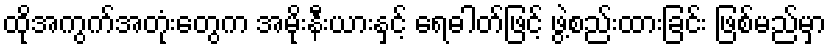
ထိုအကွက်အတုံးတွေက အမိုးနီးယားနှင့် ရေဓါတ်ဖြင့် ဖွဲ့စည်းထားခြင်း ဖြစ်မည်မှာ